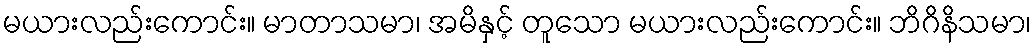
မယားလည်းကောင်း။ မာတာသမာ၊ အမိနှင့် တူသော မယားလည်းကောင်း။ ဘိဂိနိသမာ၊